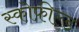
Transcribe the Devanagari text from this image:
स्कोफ़ील्ड